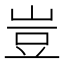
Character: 豈